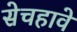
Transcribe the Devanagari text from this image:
सेचहावे